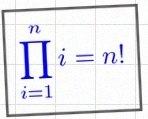
\prod_{i=1}^{n}i=n!